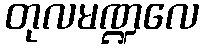
တုလမဏ္ဍလေ